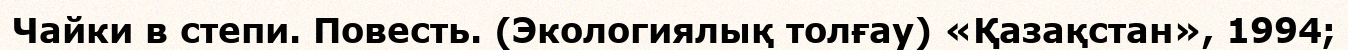
Чайки в степи. Повесть. (Экологиялық толғау) «Қазақстан», 1994;